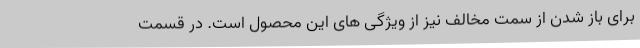
برای باز شدن از سمت مخالف نیز از ویژگی های این محصول است. در قسمت